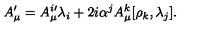
A _ { \mu } ^ { \prime } = A _ { \mu } ^ { i \prime } \lambda _ { i } + 2 i \alpha ^ { j } A _ { \mu } ^ { k } [ \rho _ { k } , \lambda _ { j } ] .